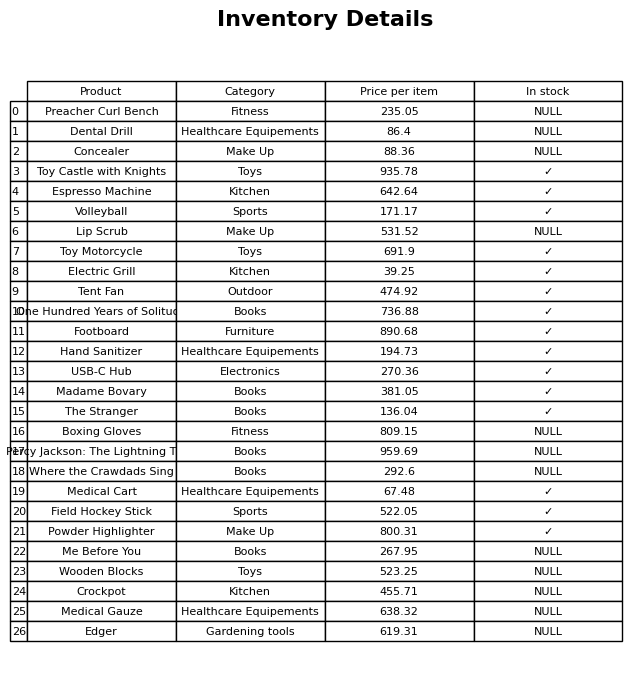
question: What is the price of the Volleyball?
answer: The price of Volleyball is 171.17.